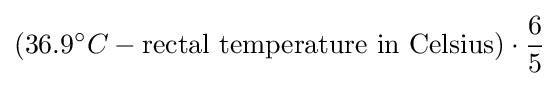
(36.9^{\circ }C-{\text{rectal temperature in Celsius}})\cdot {\frac {6}{5}}